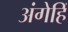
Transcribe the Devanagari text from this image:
अंगेहिँ